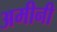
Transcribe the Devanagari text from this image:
अमीनी